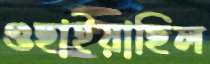
গুছাইয়াছিল